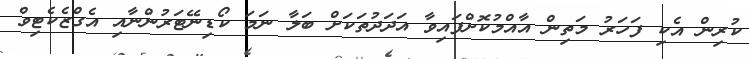
ކުރިން އެކި ފަހަރު މަތިން އާއްމުކޮށްްފައިވާ އަދަދުތަކަށް ބަލާ ނަމަ ކޯޑިނޭޓަރުންނާއި އެގްޒެކެޓިވް